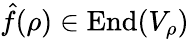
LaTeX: {\hat{f}}(\rho)\in{\mathrm{End}}(V_{\rho})